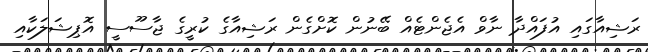
ރަޝިއާގައި އުފައްދާ ނާވް އެޖެންޓެއް ބޭނުން ކޮށްގެން ރަޝިއާގެ ކުރީގެ ޖާސޫސީ އޮޕިޝަލަކާއި